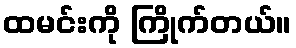
ထမင်းကို ကြိုက်တယ်။